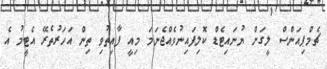
ޗެމްޕިއަންސް ލީގަށް ޔުނައިޓެޑް ކޮލިފައިނުވެއްޖެނަމަ މިއީ ފާއިތުވި ތިން އަހަރުތެރޭ އެޓީމު އެ